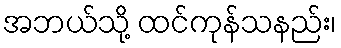
အဘယ်သို့ ထင်ကုန်သနည်း၊